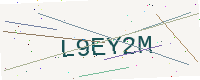
Text: L9EY2M